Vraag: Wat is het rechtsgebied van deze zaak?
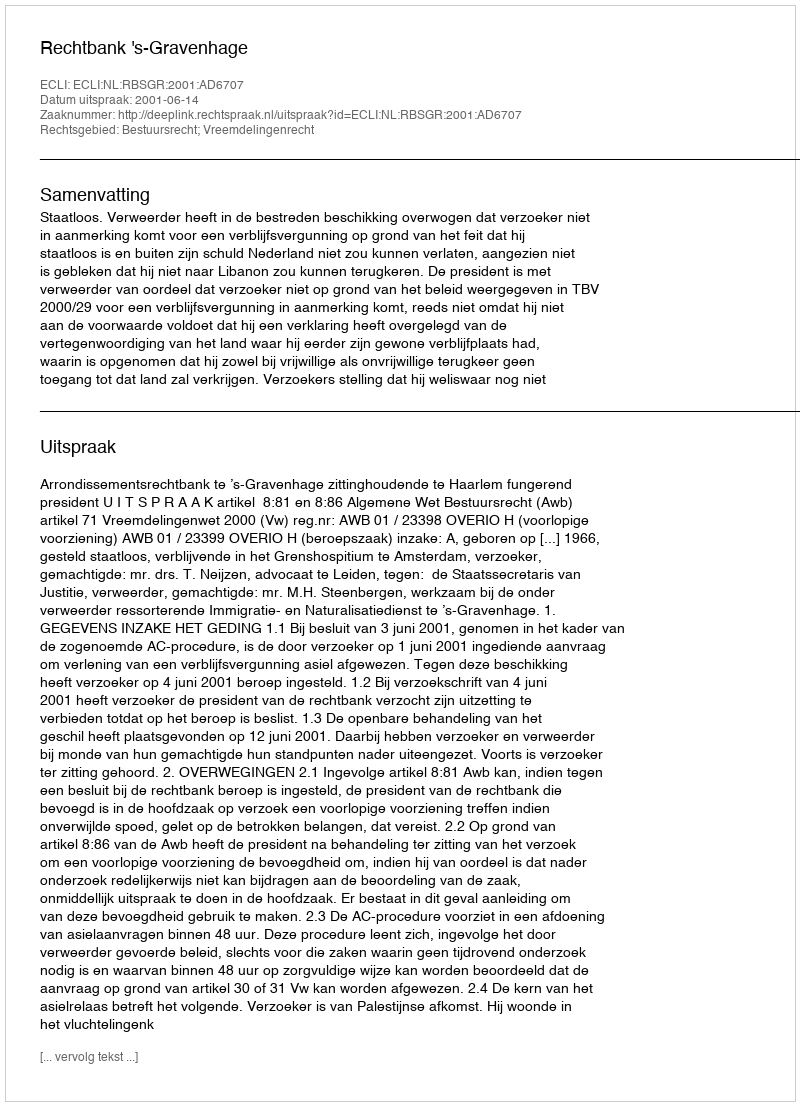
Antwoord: Bestuursrecht; Vreemdelingenrecht